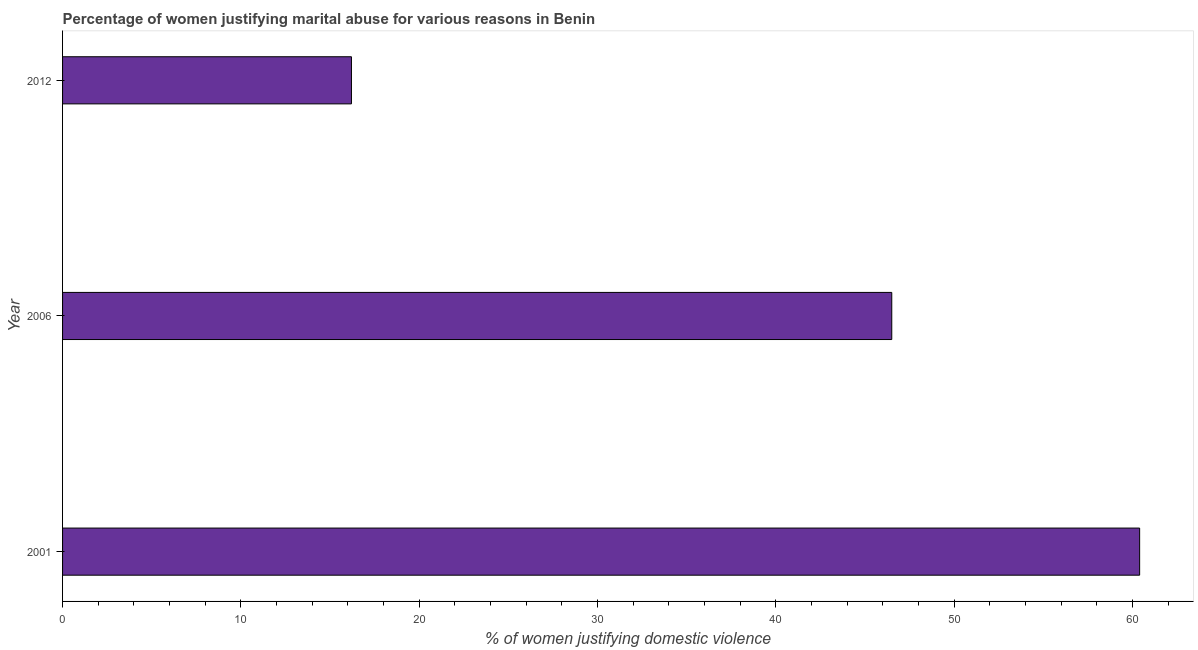
| Year | Physical abuse |
 | --- | --- |
 | 2001 | 60.4 |
 | 2006 | 46.5 |
 | 2012 | 16.2 |